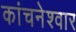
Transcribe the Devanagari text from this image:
कांचनेश्वार